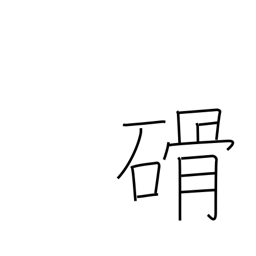
Meaning: stone implement